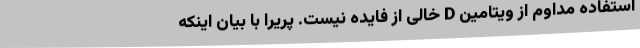
استفاده مداوم از ویتامین D خالی از فایده نیست. پریرا با بیان اینکه